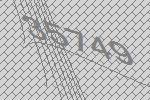
35749